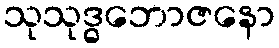
သုသုဒ္ဓဘောဇနော